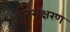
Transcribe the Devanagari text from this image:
वनसंक्षरण